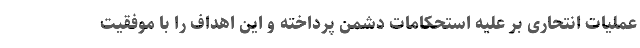
عملیات انتحاری بر علیه استحکامات دشمن پرداخته و این اهداف را با موفقیت